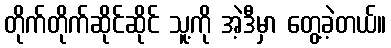
တိုက်တိုက်ဆိုင်ဆိုင် သူ့ကို အဲ့ဒီမှာ တွေ့ခဲ့တယ်။